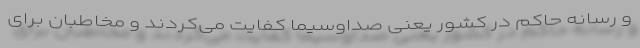
و رسانه حاکم در کشور یعنی صداوسیما کفایت می‌کردند و مخاطبان برای